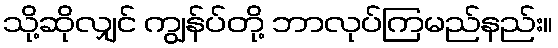
သို့ဆိုလျှင် ကျွန်ပ်တို့ ဘာလုပ်ကြမည်နည်း။